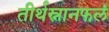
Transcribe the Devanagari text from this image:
तीर्थस्नानफलं